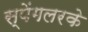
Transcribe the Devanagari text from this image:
स्पेंगलरके